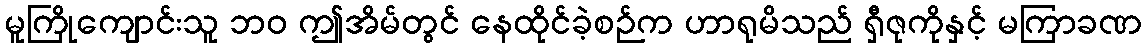
မူကြိုကျောင်းသူ ဘဝ ဤအိမ်တွင် နေထိုင်ခဲ့စဉ်က ဟာရုမိသည် ရှီဇုကိုနှင့် မကြာခဏ